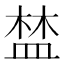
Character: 𥁹